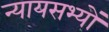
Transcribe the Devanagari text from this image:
न्यायसभ्यों